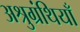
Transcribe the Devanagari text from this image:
अश्रुग्रंथियाँ